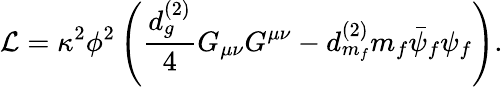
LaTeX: {\cal L}=\kappa^{2}\phi^{2}\left(\frac{d_{g}^{(2)}}{4}G_{\mu\nu}G^{\mu\nu}-d_{m_{f}}^{(2)}m_{f}\bar{\psi}_{f}\psi_{f}\right).